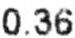
0.36